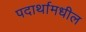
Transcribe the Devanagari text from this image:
पदार्थामधील